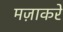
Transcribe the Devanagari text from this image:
मज़ाकरे